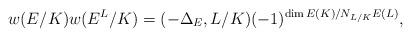
LaTeX: \begin{align*}w(E/K)w(E^L/K)=(-\Delta_E,L/K)(-1)^{\dim E(K)/N_{L/K}E(L)},\end{align*}